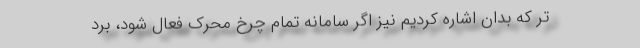
تر که بدان اشاره کردیم نیز اگر سامانه تمام چرخ محرک فعال شود، برد